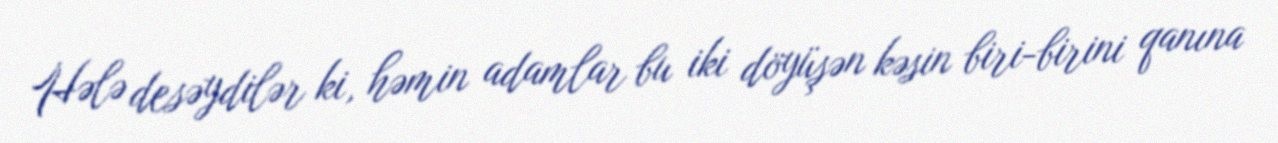
Hələ desəydilər ki, həmin adamlar bu iki döyüşən kəsin biri-birini qanına